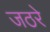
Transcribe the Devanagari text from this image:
जठरे